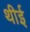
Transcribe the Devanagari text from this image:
थीई